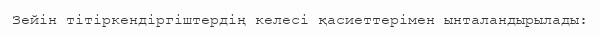
Зейін тітіркендіргіштердің келесі қасиеттерімен ынталандырылады: